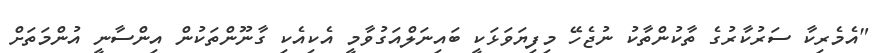
"އެމެރިކާ ސަރުކާރުގެ ތާކުންތާކު ނުޖެހޭ މިފިޔަވަޅަކީ ބައިނަލްއަގުވާމީ އެކިއެކި ގާނޫންތަކުން އިންސާނީ އުންމަތަށް